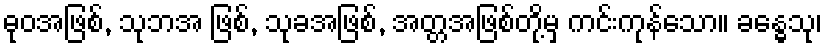
ဓုဝအဖြစ်, သုဘအ ဖြစ်, သုခအဖြစ်, အတ္တအဖြစ်တို့မှ ကင်းကုန်သော။ ခန္ဓေသု၊